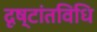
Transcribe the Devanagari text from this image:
दृष्टांतविधि